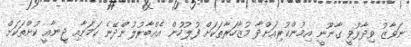
ނަވާޒު ވިދާޅުވީ ގާނޫނީ އިމުންކުރިއަށްދާ މުޒާހަރާތަކަށް ފުލުހުން އެއްބާރުލުންދޭނެ ކަމަށާއި ޖީނާއީ ކުށްތަކަށް